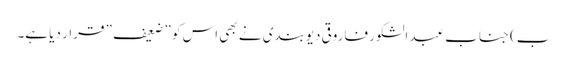
ب) جناب عبد الشکور فاروقی دیوبندی نے بھی اس کو ” ضعیف ” قرار دیا ہے۔